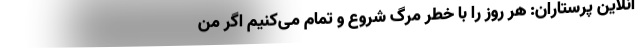
آنلاین پرستاران: هر روز را با خطرِ مرگ شروع و تمام می‌کنیم اگر من